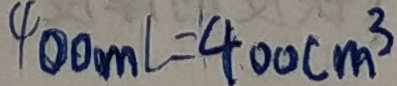
4 0 0 m l = 4 0 0 c m ^ { 3 }